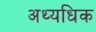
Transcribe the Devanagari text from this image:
अथ्यधिक